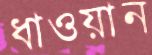
ধাওয়ান